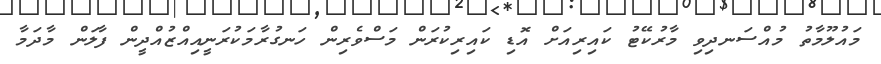
މައުލޫމާތު މުއްސަނދިވި މާރުކޭޓު ކައިރިއަށް އޮޑި ކައިރިކުރަން މަސްވެރިން ހަނގުރާމަކުރަނީއިއްޒުއްދީން ފާލަން މާދަމާ